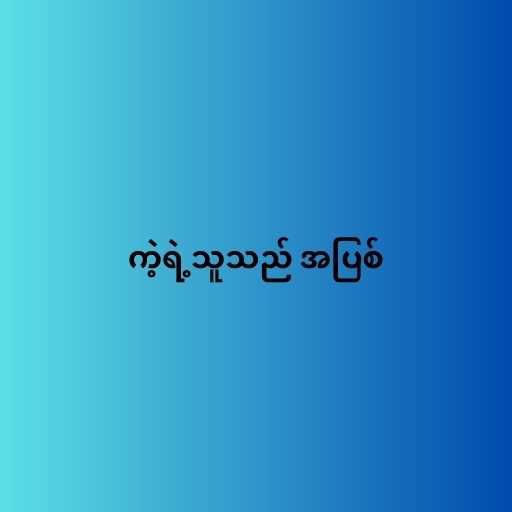
ကဲ့ရဲ့သူသည် အပြစ်